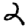
Digit: 2